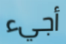
أجيء